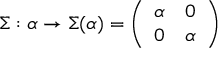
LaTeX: \Sigma : \alpha \rightarrow \Sigma ( \alpha ) = \left( \begin{array} { c c } { { \alpha } } & { { 0 } } \\ { { 0 } } & { { \alpha } } \end{array} \right)